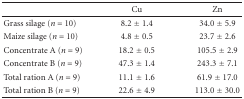
<table><thead><tr><td></td><td><b>Cu</b></td><td><b>Zn</b></td></tr></thead><tbody><tr><td>Grass silage (<i>n</i> = 10)</td><td>8.2 ± 1.4</td><td>34.0 ± 5.9</td></tr><tr><td>Maize silage (<i>n</i> = 10)</td><td>4.8 ± 0.5</td><td>23.7 ± 2.6</td></tr><tr><td>Concentrate A (<i>n</i> = 9)</td><td>18.2 ± 0.5</td><td>105.5 ± 2.9</td></tr><tr><td>Concentrate B (<i>n</i> = 9)</td><td>47.3 ± 1.4</td><td>243.3 ± 7.1</td></tr><tr><td>Total ration A (<i>n</i> = 9)</td><td>11.1 ± 1.6</td><td>61.9 ± 17.0</td></tr><tr><td>Total ration B (<i>n</i> = 9)</td><td>22.6 ± 4.9</td><td>113.0 ± 30.0</td></tr></tbody></table>